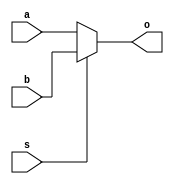
`timescale 1ns/100ps
module MUX_34(
  input [33:0] a,
  input [33:0] b,
  input s,
  
  output [33:0] o
);
  
  assign o = (s)?b:a;

endmodule